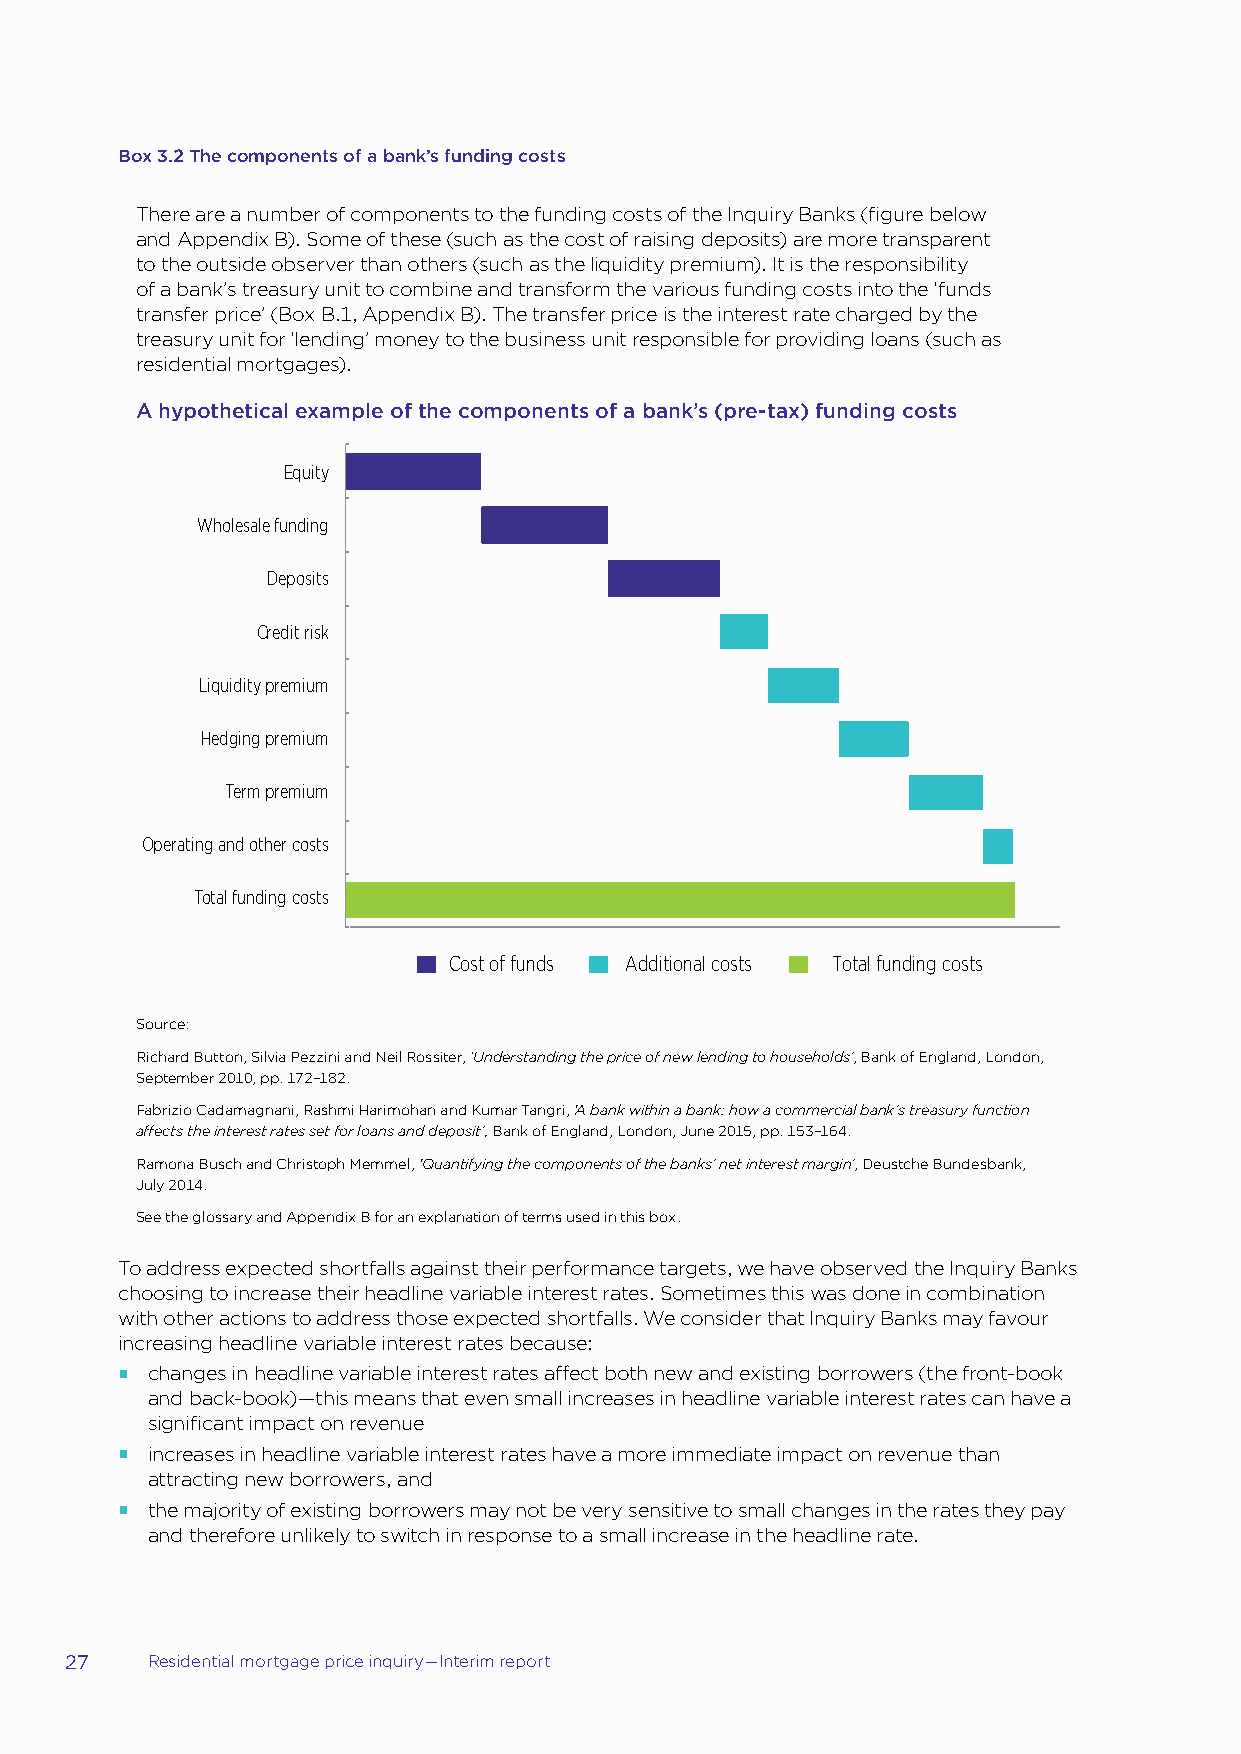
Box 3.2 The components of a bank’s funding costs
 There are a number of components to the funding costs of the Inquiry Banks (figure below
 and Appendix B). Some of these (such as the cost of raising deposits) are more transparent
 to the outside observer than others (such as the liquidity premium). It is the responsibility
 of a bank’s treasury unit to combine and transform the various funding costs into the ‘funds
 transfer price’ (Box B.1, Appendix B). The transfer price is the interest rate charged by the
 treasury unit for ‘lending’ money to the business unit responsible for providing loans (such as
 residential mortgages).
 A hypothetical example of the components of a bank’s (pre-tax) funding costs
 Equity
 Wholesale funding
 Deposits
 Credit risk
 Liquidity premium
 Hedging premium
 Term premium
 Operating and other costs
 Total funding costs
 Cost of funds Additional costs Total funding costs
 Source:
 Richard Button, Silvia Pezzini and Neil Rossiter, ‘Understanding the price of new lending to households’, Bank of England, London,
 September 2010, pp. 172–182.
 Fabrizio Cadamagnani, Rashmi Harimohan and Kumar Tangri, ‘A bank within a bank: how a commercial bank’s treasury function
 affects the interest rates set for loans and deposit’, Bank of England, London, June 2015, pp. 153–164.
 Ramona Busch and Christoph Memmel, ‘Quantifying the components of the banks’ net interest margin’, Deustche Bundesbank,
 July 2014.
 See the glossary and Appendix B for an explanation of terms used in this box.
 To address expected shortfalls against their performance targets, we have observed the Inquiry Banks
 choosing to increase their headline variable interest rates. Sometimes this was done in combination
 with other actions to address those expected shortfalls. We consider that Inquiry Banks may favour
 increasing headline variable interest rates because:
 changes in headline variable interest rates affect both new and existing borrowers (the front-book
 and back-book)—this means that even small increases in headline variable interest rates can have a
 significant impact on revenue
 increases in headline variable interest rates have a more immediate impact on revenue than
 attracting new borrowers, and
 the majority of existing borrowers may not be very sensitive to small changes in the rates they pay
 and therefore unlikely to switch in response to a small increase in the headline rate.
 27    Residential mortgage price inquiry—Interim report